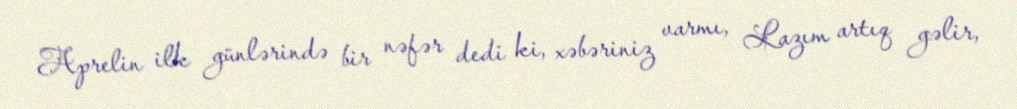
Aprelin ilk günlərində bir nəfər dedi ki, xəbəriniz varmı, Lazım artıq gəlir,